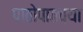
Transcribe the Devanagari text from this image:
पाठोपाठच्या